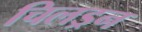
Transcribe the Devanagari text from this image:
चिलड्रन